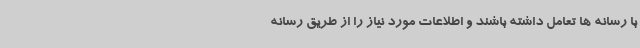
با رسانه ها تعامل داشته باشند و اطلاعات مورد نیاز را از طریق رسانه